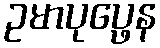
ဥမာပုပ္ဖေန